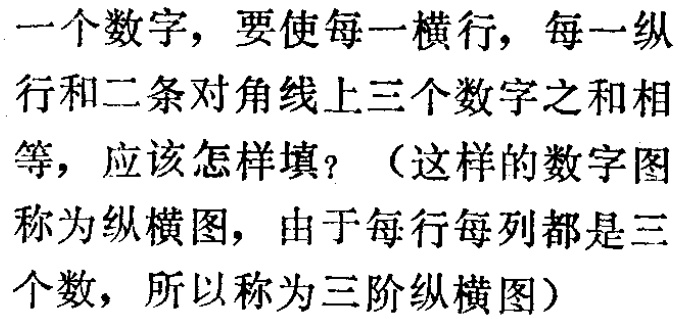
一个数字，要使每一横行，每一纵

行和二条对角线上三个数字之和相

等，应该怎样填？（这样的数字图

称为纵横图，由于每行每列都是三

个数，所以称为三阶纵横图）